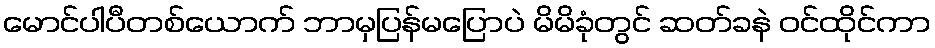
မောင်ပါပီတစ်ယောက် ဘာမှပြန်မပြောပဲ မိမိခုံတွင် ဆတ်ခနဲ ဝင်ထိုင်ကာ